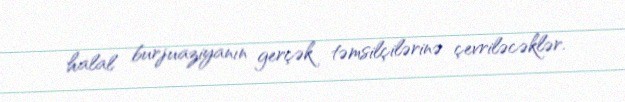
halal burjuaziyanın gerçək təmsilçilərinə çevriləcəklər.